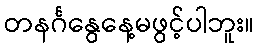
တနင်္ဂနွေနေ့မဖွင့်ပါဘူး။